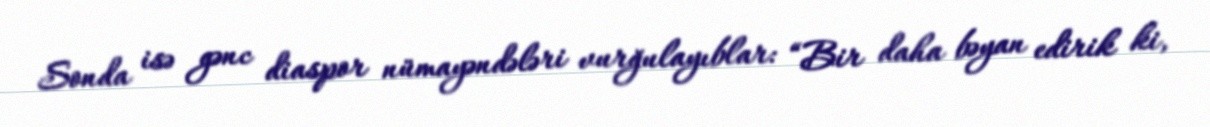
Sonda isə gənc diaspor nümayəndələri vurğulayıblar: “Bir daha bəyan edirik ki,